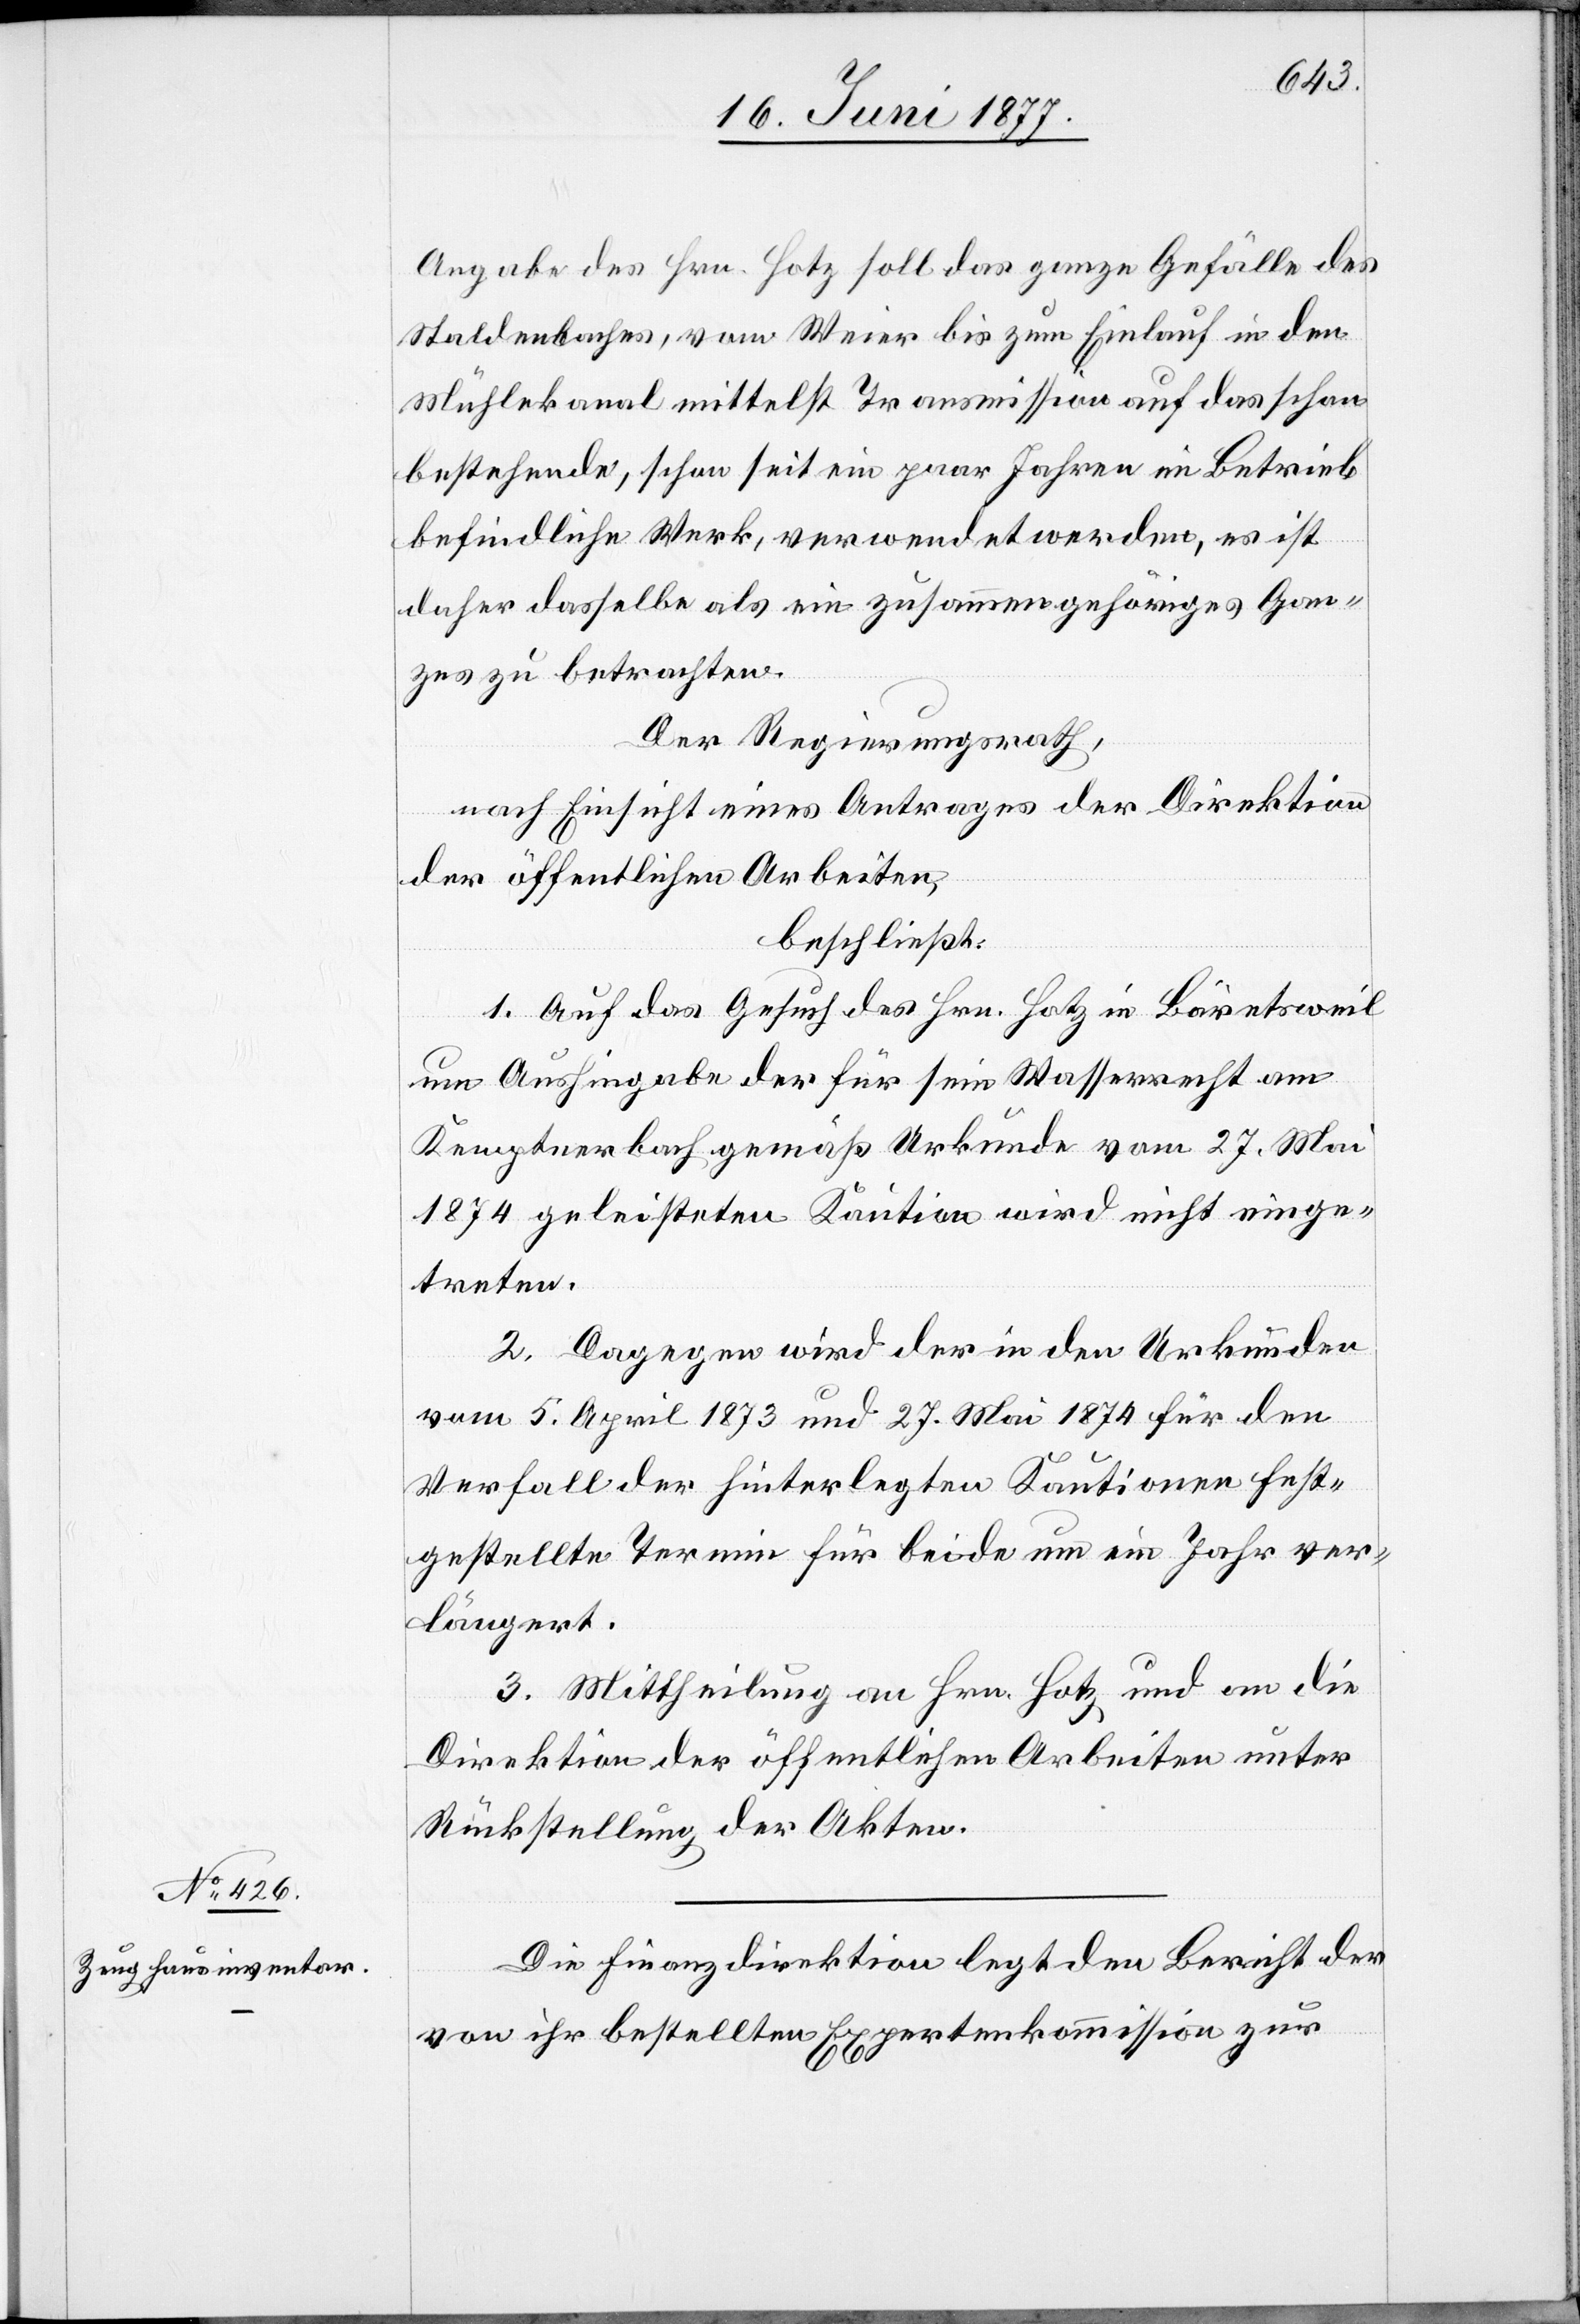
Angabe des Hrn. Hotz soll das ganze Gefälle des
Staldenbaches, vom Weier bis zum Einlauf in den
Mühlekanal mittelst Transmission auf das schon
bestehende, schon seit ein paar Jahren im Betrieb
befindliche Werk, verwendet werden, es ist
daher dasselbe als ein zusammengehöriges Gan¬
zes zu betrachten.
Der Regierungsrath,
nach Einsicht eines Antrages der Direktion
der öffentlichen Arbeiten,
beschließt:
1. Auf das Gesuch des Hrn. Hotz in Bäretsweil
um Aushingabe der für sein Wasserrecht am
Kemptnerbach gemäß Urkunde vom 27. Mai
1874 geleisteten Kaution wird nicht einge¬
treten.
2. Dagegen wird der in den Urkunden
vom 5. April 1873 und 27. Mai 1874 für den
Verfall der hinterlegten Kautionen fest¬
gestellte Termin für beide um ein Jahr ver¬
längert.
3. Mittheilung an Hrn. Hotz und an die
Direktion der öffentlichen Arbeiten unter
Rückstellung der Akten.
Die Erziehungsdirektion legt den Bericht der
von ihr bestellten Expertenkommission zur